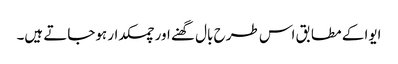
ایوا کے مطابق اس طرح بال گھنے اور چمکدار ہوجاتے ہیں۔